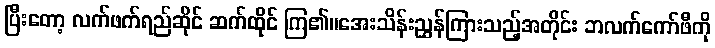
ပြီးတော့ လက်ဖက်ရည်ဆိုင် ဆက်ထိုင် ကြ၏။အေးသိန်းညွှန်ကြားသည့်အတိုင်း ဘလက်ကော်ဖီကို